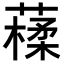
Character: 𦽩